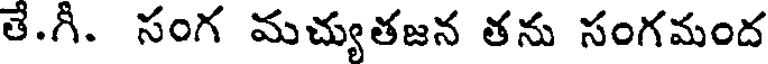
తే.గీ. సంగ మచ్యుతజన తను సంగమంద